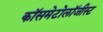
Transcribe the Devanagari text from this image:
कॉसमेटोलॉजीस्ट